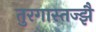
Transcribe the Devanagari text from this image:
तुरगास्तज्झै